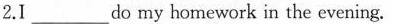
2.I___do my homework in the evening.